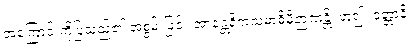
အကြောင်းကိုပြသည်၏ အစွမ်းဖြင့်။ အာနန္တရိကသမာဓိမှိဉာဏန္တိ၊ ဟူ၍။ ဝုတ္တာနိ၊